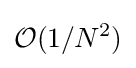
{\mathcal {O}}(1/N^{2})